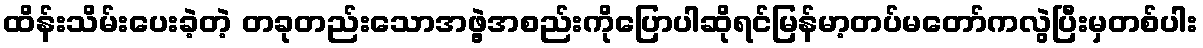
ထိန်းသိမ်းပေးခဲ့တဲ့ တခုတည်းသောအဖွဲ့အစည်းကိုပြောပါဆိုရင်မြန်မာ့တပ်မတော်ကလွဲပြီးမှတစ်ပါး